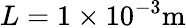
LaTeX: L=1\times 10^{-3}\mathrm{m}